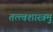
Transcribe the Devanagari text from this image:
तत्त्वशास्त्रमु